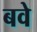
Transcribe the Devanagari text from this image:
बवे